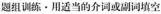
题组训练·用适当的介词或副词填空